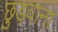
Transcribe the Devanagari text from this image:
छुड़वाना